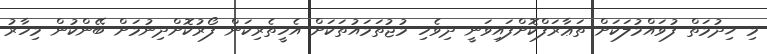
މި ޚިދުމަތް ފުވައްމުލަކަށް ތަޢާރަފްކޮށްފައިވަނީ ދިވެހި މުޖުތަމައުތަކަށް އެހީތެރިކަން ފޯރުކޮށްދިނުމަށް ބޭންކުން މިހާރު